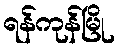
ရန်ကုန်မြို